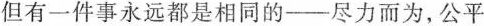
但有一件事永远都是相同的—尽力而为,公平